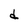
Character: d